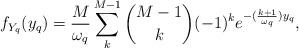
LaTeX: \begin{align*}{f_{{Y_q }}}({y_q }) = \frac{M}{{{\omega _q }}}\sum\limits_k^{M - 1} {M-1 \choose k} {( - 1)^k}{e^{ - (\frac{{k + 1}}{{{\omega _q }}}){y_q }}},\end{align*}